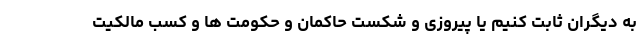
به دیگران ثابت کنیم یا پیروزی و شکست حاکمان و حکومت ها و کسب مالکیت